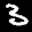
Label: 3